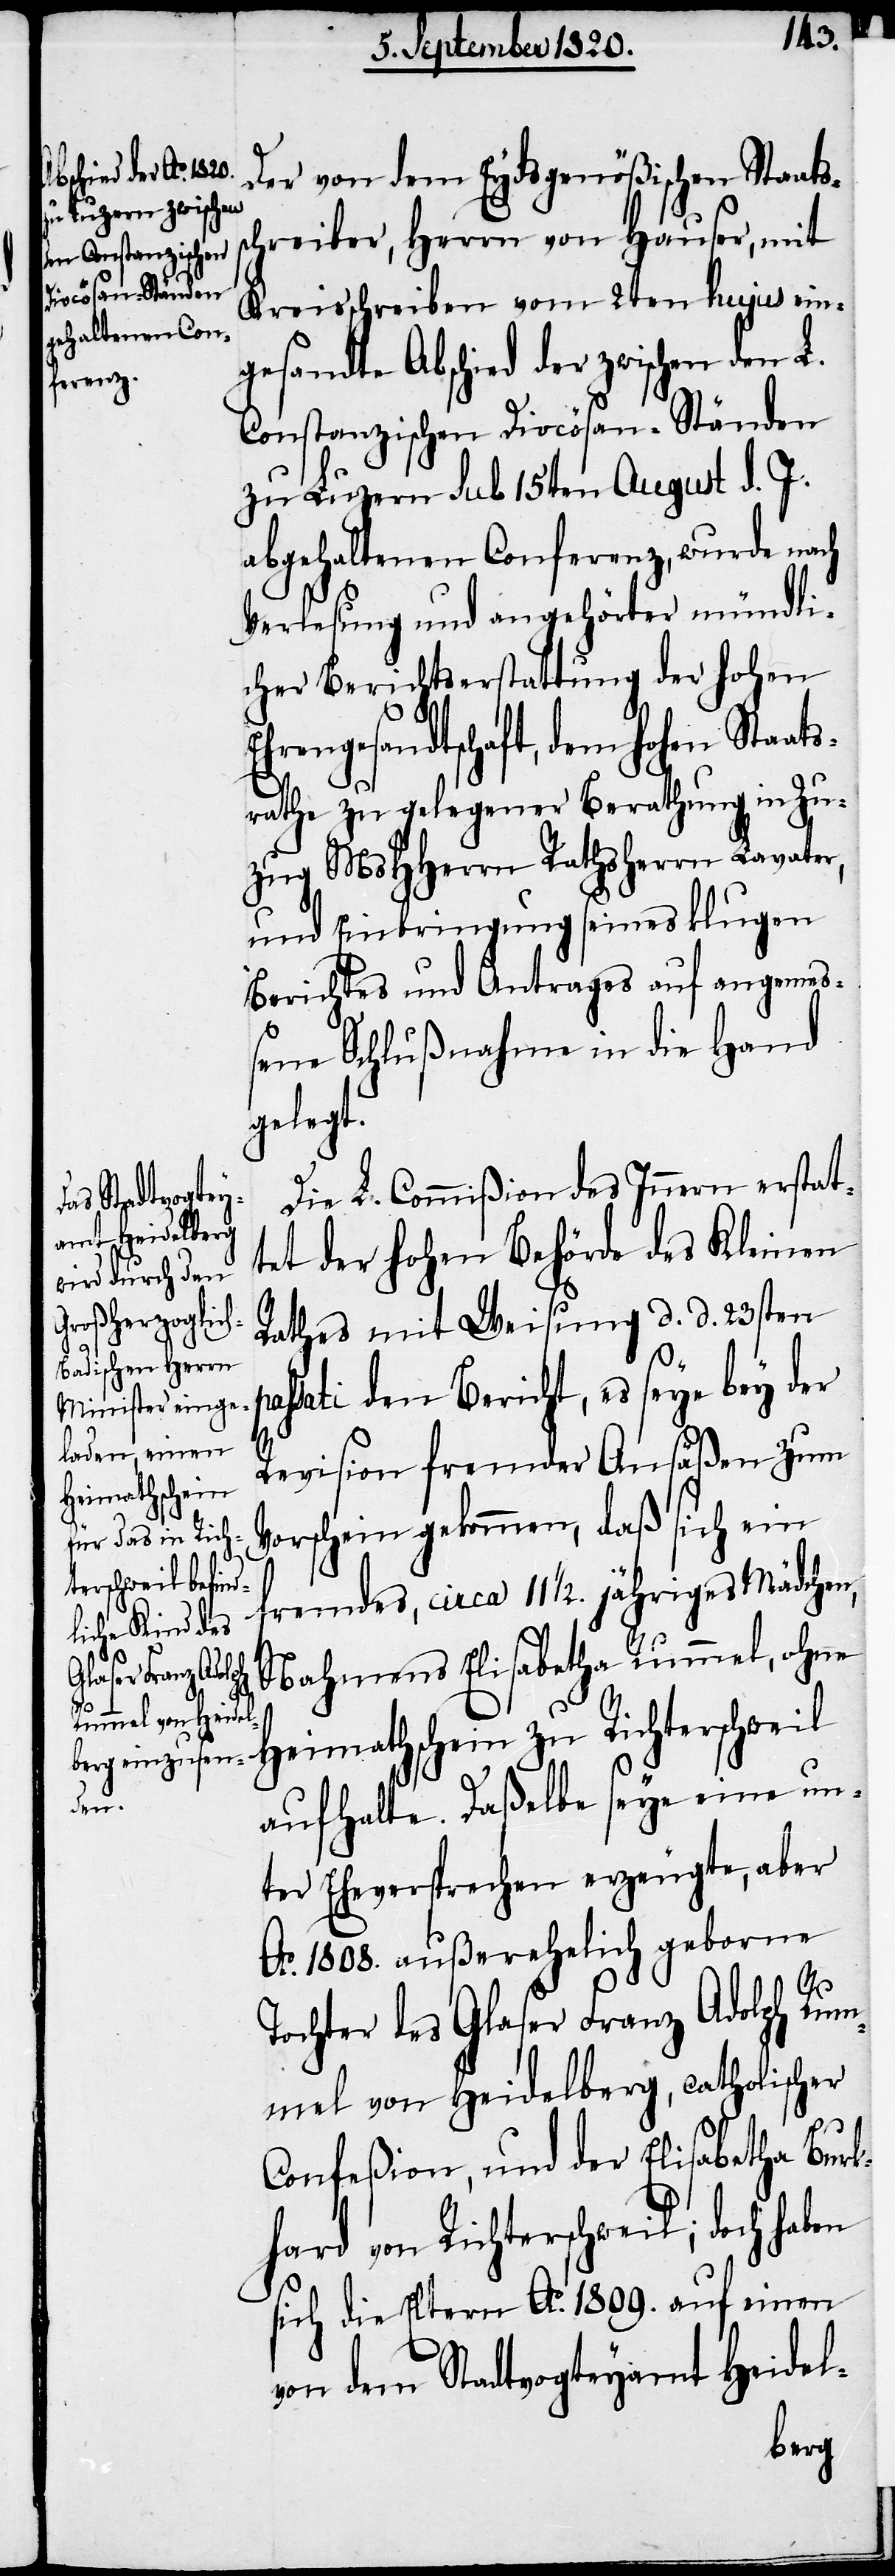
Der von dem Eydsgenößischen Staats¬
schreiber, Herrn von Hauser, mit
Kreisschreiben vom 2ten hujus ein¬
gesandte Abschied der zwischen den L.
Constanzischen Diocösen-Ständen
zu Luzern sub 15ten August d. J.
abgehaltenen Conferenz, wurde nach
Verlesung und angehörter mündli¬
cher Berichtserstattung der hohen
Ehrengesandtschaft, dem hohen Staats¬
rathe zu gelegener Berathung in Zu¬
zug MsHHerrn Rathsherrn Lavater,
und Einbringung seines klugen
Berichtes und Antrages auf angemeß¬
ene Schlußnahme in die Hand
gelegt.
Die L. Commißion des Innern erstat¬
tet der hohen Behörde des Kleinen
Rathes mit Weisung d. d. 23sten
pa¬
ssati den Bericht, es seye bey der
Revision fremder Ansäßen zum
Vorschein gekommen, daß sich ein
fremdes, circa 11 1/2. jähriges Mädchen,
Nahmens Elisabetha Rummel, ohn¬
e Heimathschein zu Richterschweil
aufhalte. Daßelbe seye eine un¬
ter Eheversprechen erzeugte, aber
Ao. 1808. außerehelich geborne
Tochter des Glaser Franz Adolph Rum¬
mel von Heidelberg, catholischer
Confeßion, und der Elisabetha Burk¬
hard von Richterschweil; doch haben
sich die Eltern Ao. 1809. auf einen
von dem Stadtvogteyamt Heidel-